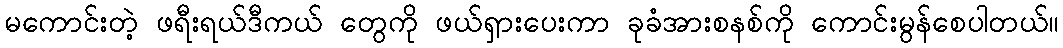
မကောင်းတဲ့ ဖရီးရယ်ဒီကယ် တွေကို ဖယ်ရှားပေးကာ ခုခံအားစနစ်ကို ကောင်းမွန်စေပါတယ်။